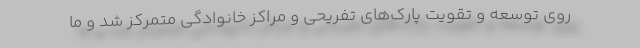
روی توسعه و تقویت پارک‌های تفریحی و مراکز خانوادگی متمرکز شد و ما